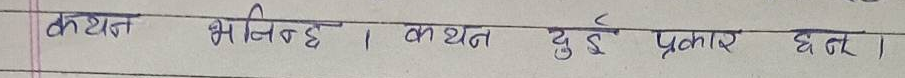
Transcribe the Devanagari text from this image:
कथन भिन्न । कथन दुई प्रकार छन्।